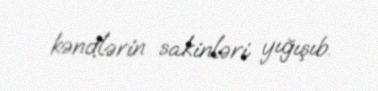
kəndlərin sakinləri yığışıb.